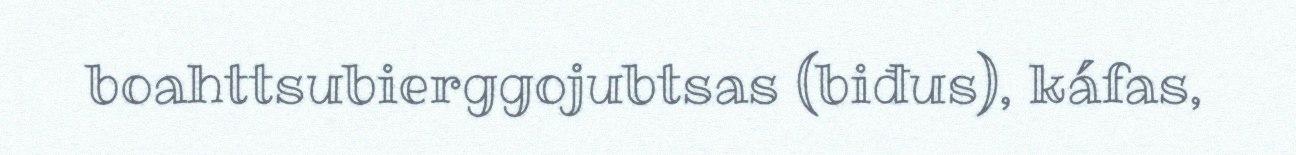
boahttsubierggojubtsas (biđus), káfas,